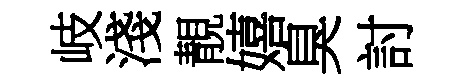
岐淺靚嬉臭討